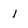
Character: 1